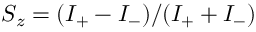
S _ { z } = ( I _ { + } - I _ { - } ) / ( I _ { + } + I _ { - } )